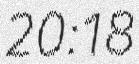
20:18